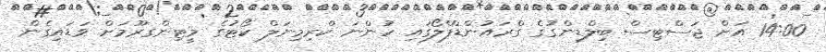
14:00 އަށް ޖަސްޓިސް ބިލްޑިންގުގެ ގްރައުންޑްފްލޯގައި ހުންނަ ކްރިމިނަލް ކޯޓުގެ މީޓިންގރޫމަށް ވަޑައިގެން